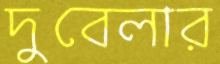
দুবেলার